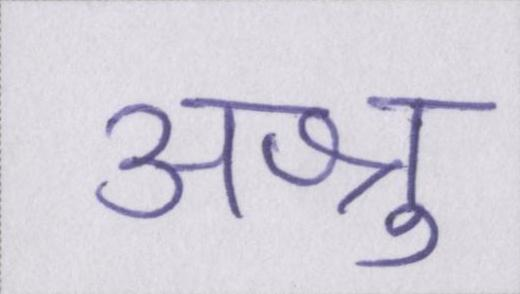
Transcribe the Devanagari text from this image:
अश्रु